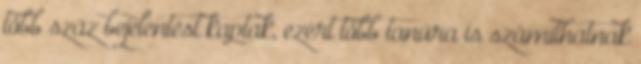
több száz bejelentést kaptak, ezért több tanúra is számíthatnak